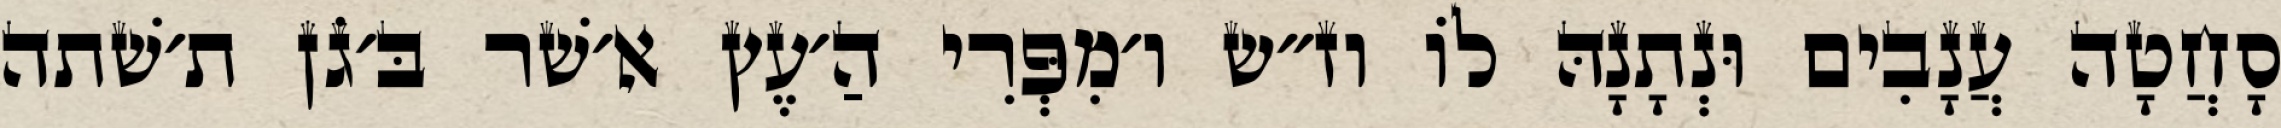
סָחֲטָה עֲנָבִים וּנְתָנָהּ לוֹ וז״ש ו׳מִפְּרִי הַ׳עֶץ א׳שׁר בּ׳גֹן ת׳שׁתה